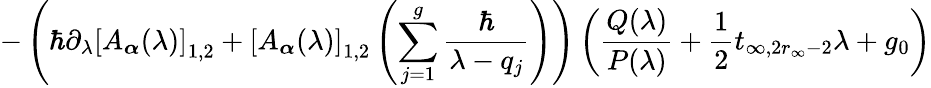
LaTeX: -\left(\hbar\partial_{\lambda}\left[A_{\boldsymbol{\alpha}}(\lambda)\right]_{1,2}+\left[A_{\boldsymbol{\alpha}}(\lambda)\right]_{1,2}\left(\underset{j=1}{\overset{g}{\sum}}\frac{\hbar}{\lambda-q_{j}}\right)\right)\left(\frac{Q(\lambda)}{P(\lambda)}+\frac{1}{2}t_{\infty,2r_{\infty}-2}\lambda+g_{0}\right)